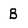
Character: B